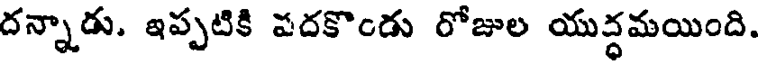
దన్నాడు. ఇప్పటికి పదకొండు రోజుల యుద్ధమయింది.